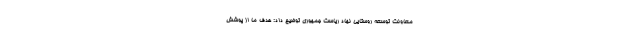
معاونت توسعه روستایی نهاد ریاست جمهوری توضیح داد: هدف ما از پوشش